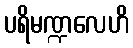
ပရိမဏ္ဍလေဟိ